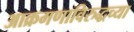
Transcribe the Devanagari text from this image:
आक्रमणाविरुद्धच्या